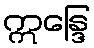
ဣန္ဒြေ